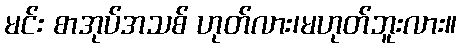
မင်း စာအုပ်အသစ် ဟုတ်လား၊မဟုတ်ဘူးလား။